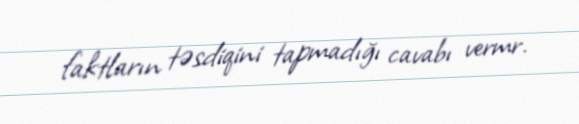
faktların təsdiqini tapmadığı cavabı vermr.